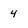
Character: 4